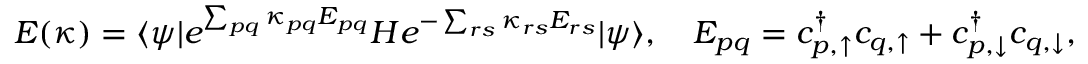
E ( \kappa ) = \ensuremath { \langle { \psi } \rvert } e ^ { \sum _ { p q } \kappa _ { p q } E _ { p q } } H e ^ { - \sum _ { r s } \kappa _ { r s } E _ { r s } } \ensuremath { \lvert { \psi } \rangle } , \quad E _ { p q } = c _ { p , \uparrow } ^ { \dag } c _ { q , \uparrow } + c _ { p , \downarrow } ^ { \dag } c _ { q , \downarrow } ,